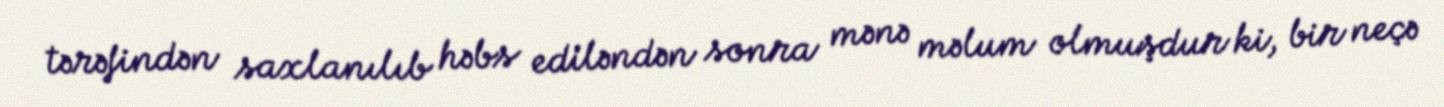
tərəfindən saxlanılıb həbs ediləndən sonra mənə məlum olmuşdur ki, bir neçə